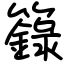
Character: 籙